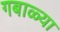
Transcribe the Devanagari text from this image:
गबाळ्या